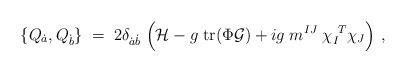
LaTeX: \begin{align*}\{ Q_{\dot a}, Q_{\dot b} \}\; =\; 2 \delta_{{\dot a}{\dot b}}\;\Bigl( {\cal H} - {g}\; {\rm tr}( \Phi {\cal G}) +ig \; m^{IJ}\; \chi_I^{\ T} \chi_J \Bigr)\ ,\end{align*}